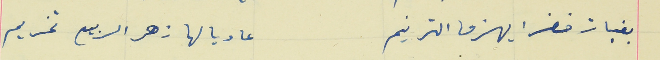
بفيات خضرا يهزما الترنيم                                         عا ديالها زهر الربيع تخريم